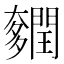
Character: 𨷎